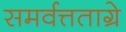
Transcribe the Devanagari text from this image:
समर्वत्तताग्रे